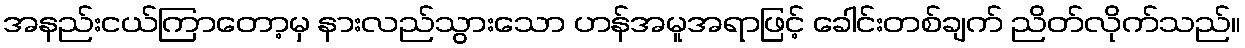
အနည်းငယ်ကြာတော့မှ နားလည်သွားသော ဟန်အမူအရာဖြင့် ခေါင်းတစ်ချက် ညိတ်လိုက်သည်။